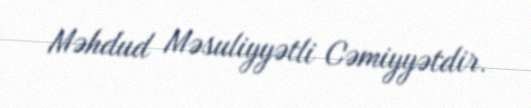
Məhdud Məsuliyyətli Cəmiyyətdir.